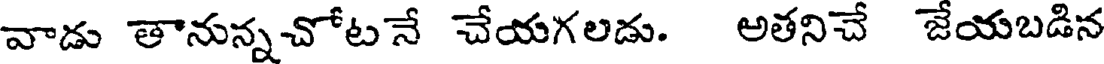
వాడు తానున్నచోటనే చేయగలడు. అతనిచే జేయబడిన